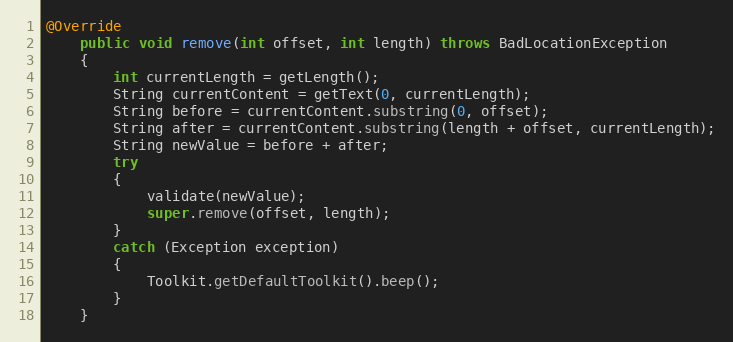
Language: Java
@Override
	public void remove(int offset, int length) throws BadLocationException
	{
		int currentLength = getLength();
		String currentContent = getText(0, currentLength);
		String before = currentContent.substring(0, offset);
		String after = currentContent.substring(length + offset, currentLength);
		String newValue = before + after;
		try
		{
			validate(newValue);
			super.remove(offset, length);
		}
		catch (Exception exception)
		{
			Toolkit.getDefaultToolkit().beep();
		}
	}